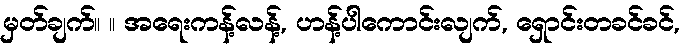
မှတ်ချက်။ ။ အရေးကန့်လန့်, ဟန့်ပါကောင်းလျက်, ရှောင်းတခင်ခင်,